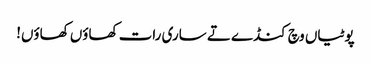
پوٹیاں وچ کنڈے تے ساری رات کھاؤں کھاؤں!